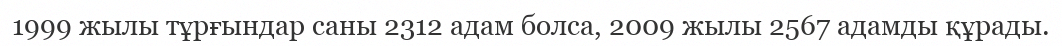
1999 жылы тұрғындар саны 2312 адам болса, 2009 жылы 2567 адамды құрады.